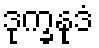
ဒုက္ခနုဒံ